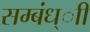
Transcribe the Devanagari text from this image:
सम्बंध्ाी